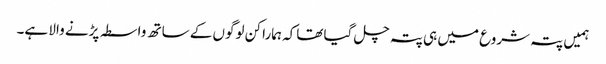
ہمیں پتہ شروع میں ہی پتہ چل گیا تھاکہ ہمارا کن لوگوں کے ساتھ واسطہ پڑنے والا ہے۔